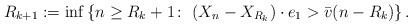
LaTeX: \begin{align*}R_{k+1} & := \inf \left\{n \ge R_k+1 \colon\, \left( X_n -X_{R_k} \right)\cdot e_1 > \bar{v} (n-R_k) \right\}.\end{align*}